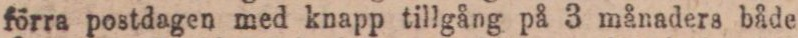
förra postdagen med knapp tillgång på 3 månaders både